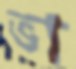
ভা